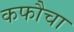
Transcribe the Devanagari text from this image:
कफौचा